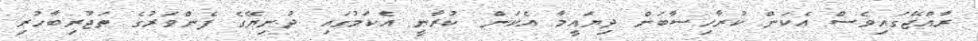
ރާއްޖޭގައިވެސް އެކަން ކުރާހިސާބަށް ދިޔައީމާ އެކަން ކުރާނީ އެކަމުގައި ދުނިޔޭގެ ފެންވަރުގެ ތަޖުރިބާހުރި